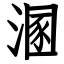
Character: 溷